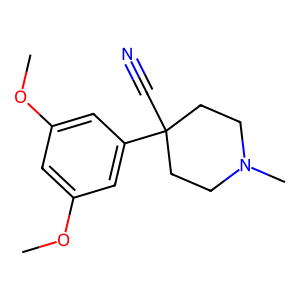
SMILES: COc1cc(OC)cc(C2(C#N)CCN(C)CC2)c1
Inhibits HIV replication: No